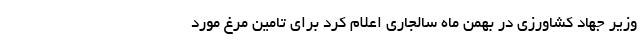
وزیر جهاد کشاورزی در بهمن ماه سالجاری اعلام کرد برای تامین مرغ مورد